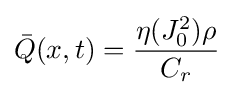
{\bar {Q}}(x,t)={\eta (J_{0}^{2})\rho  \over C_{r}}